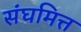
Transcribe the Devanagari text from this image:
संघमित्त